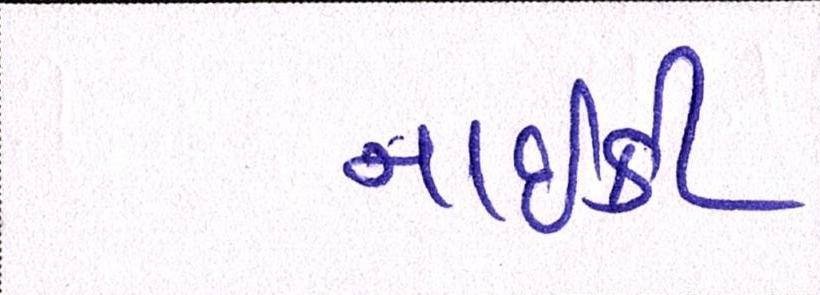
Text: નાઇકી